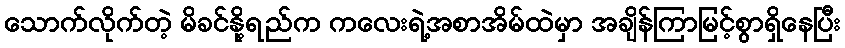
သောက်လိုက်တဲ့ မိခင်နို့ရည်က ကလေးရဲ့အစာအိမ်ထဲမှာ အချိန်ကြာမြင့်စွာရှိနေပြီး